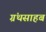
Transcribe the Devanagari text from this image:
ग्रंथसाहब